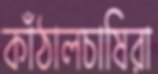
কাঁঠালচাষিরা